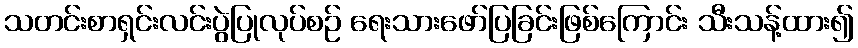
သတင်းစာရှင်းလင်းပွဲပြုလုပ်စဉ် ရေးသားဖော်ပြခြင်းဖြစ်ကြောင်း သီးသန့်ထား၍